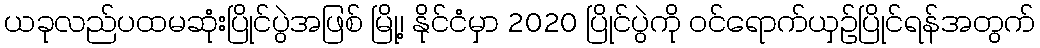
ယခုလည်ပထမဆုံးပြိုင်ပွဲအဖြစ် မြို့၊ နိုင်ငံမှာ 2020 ပြိုင်ပွဲကို ဝင်ရောက်ယှဉ်ပြိုင်ရန်အတွက်